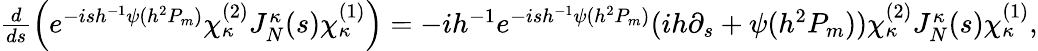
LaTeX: \begin{array}{r}{\frac{d}{ds}\left(e^{-ish^{-1}\psi(h^{2}P_{m})}\chi_{\kappa}^{(2)}J_{N}^{\kappa}(s)\chi_{\kappa}^{(1)}\right)=-ih^{-1}e^{-ish^{-1}\psi(h^{2}P_{m})}(ih\partial_{s}+\psi(h^{2}P_{m}))\chi_{\kappa}^{(2)}J_{N}^{\kappa}(s)\chi_{\kappa}^{(1)},}\end{array}